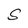
Character: S